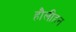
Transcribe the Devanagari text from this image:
हौलीहन